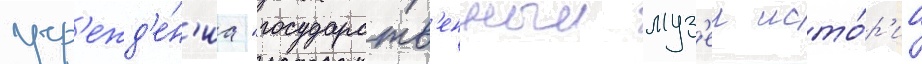
учр'ежд'е́н'иа "государств'енныи муз'еи исто́р'ии